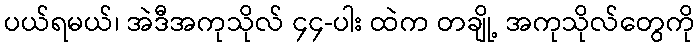
ပယ်ရမယ်၊ အဲဒီအကုသိုလ် ၄၄-ပါး ထဲက တချို့ အကုသိုလ်တွေကို